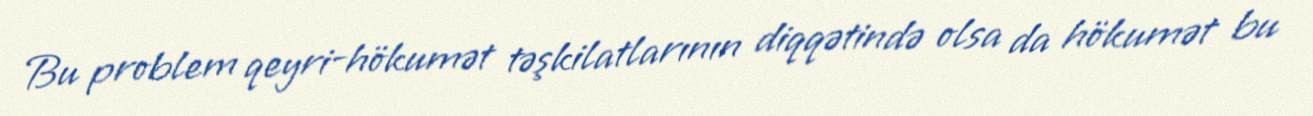
Bu problem qeyri-hökumət təşkilatlarının diqqətində olsa da hökumət bu